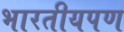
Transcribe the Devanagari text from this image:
भारतीयपण